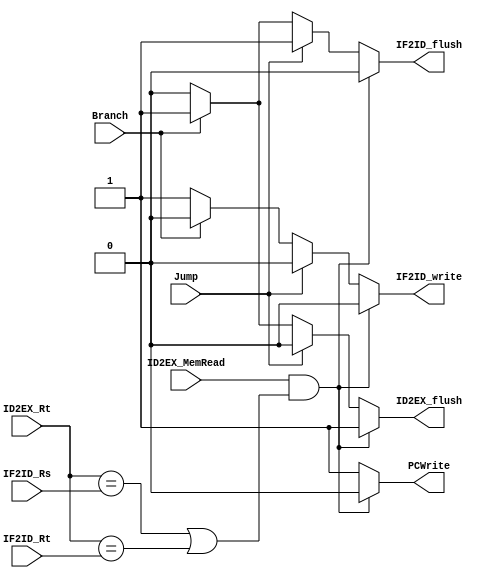
module Hazard(
    input ID2EX_MemRead, 
        Branch, 
        Jump, 
    input[4:0] ID2EX_Rt, 
        IF2ID_Rs, 
        IF2ID_Rt, 
    output reg PCWrite, 
        IF2ID_flush, 
        IF2ID_write,
        ID2EX_flush
);
    always @(*) begin
        if(ID2EX_MemRead&((ID2EX_Rt==IF2ID_Rs)|(ID2EX_Rt==IF2ID_Rt))) begin
            PCWrite = 1'b0;
            IF2ID_flush = 1'b0;
            IF2ID_write = 1'b0;
            ID2EX_flush = 1'b1;
        end else if(Jump) begin
            PCWrite = 1'b1;
            IF2ID_flush = 1'b1;
            IF2ID_write = 1'b0;
            ID2EX_flush = 1'b0;
        end else if(Branch) begin 
            PCWrite = 1'b1;
            IF2ID_flush = 1'b1;
            IF2ID_write = 1'b0;
            ID2EX_flush = 1'b1;
        end else begin
            PCWrite = 1'b1;
            IF2ID_flush = 1'b0;
            IF2ID_write = 1'b1;
            ID2EX_flush = 1'b0;
        end
    end
 endmodule